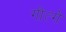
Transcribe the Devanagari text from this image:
गीत्गे